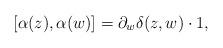
LaTeX: \begin{align*}[\alpha(z), \alpha(w)]=\partial_w \delta(z,w)\cdot 1, \end{align*}